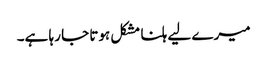
میرے لیے ہلنا مشکل ہوتا جا رہا ہے۔